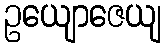
ဥယျောဇေယျ